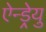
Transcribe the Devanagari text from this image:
ऐन्ड्रेयु